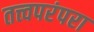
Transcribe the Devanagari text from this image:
तत्त्वपरंपरा